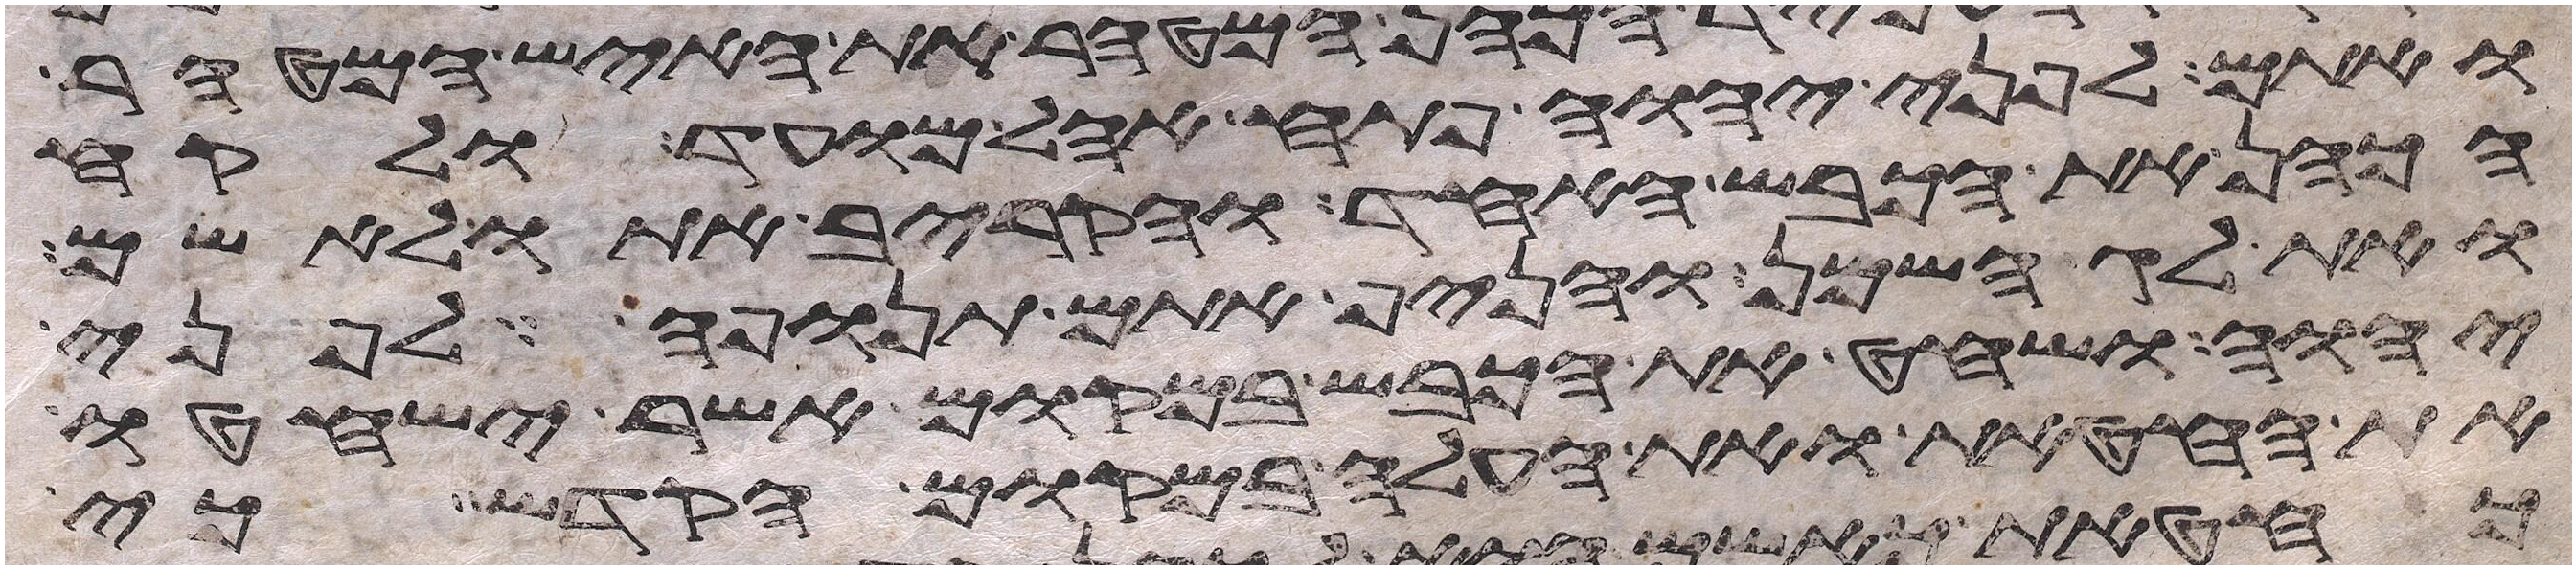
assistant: ואתם לפני יהוה פתח אהל מועד ולקח
הכהן את הכבש האחד והקריב אתו לאשם
ואת לג השמן והניף אתם תנופה לפני
יהוה ושחט את הכבש במקום אשר ישחטו
את החטאת ואת העלה במקום הקדש כי